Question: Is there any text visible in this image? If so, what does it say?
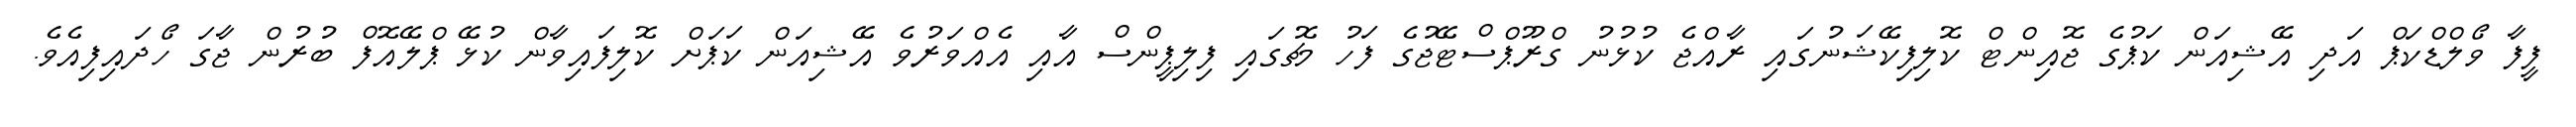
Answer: ފީފާ ވޯލްޑްކަޕް އަދި އޭޝިއަން ކަޕުގެ ޖޮއިންޓް ކޮލިފިކޭޝަނުގައި ރާއްޖެ ކުޅުނު ގްރޫޕްސްޓޭޖުގެ ފަހު މެޗުގައި ފިލިޕީންސް އާއި އެއްވަރުވެ އޭޝިއަން ކަޕަށް ކޮލިފައިވާން ކުޅޭ ޕްލޭއޮފް ބުރުން ޖާގަ ހޯދައިފިއެވެ.